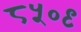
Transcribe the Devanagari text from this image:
८५०९